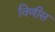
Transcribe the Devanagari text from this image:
विणीस